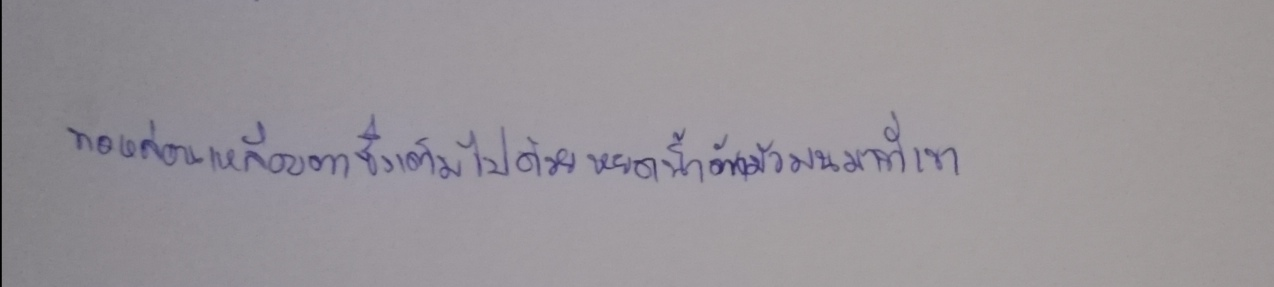
พอหล่อนเหลือบตาซึ่งเต็มไปด้วยหยดน้ำอันมัวมนมาที่เขา